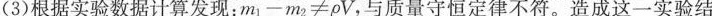
(3)根据实验数据计算发现：$$m _ { 1 } - m _ { 2 } ≠ \rho V$$，与质量守恒定律不符。造成这一实验结